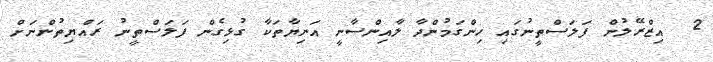
2  އިޒްރޭލުން ފަލަސްތީނުގައި ހިންގަމުންދާ ލާއިންސާނީ އަނިޔާތަކާ ގުޅިގެން ފަލަސްތީނު ރައްޔިތުންނަށް